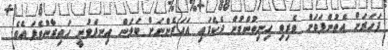
ފަހަރަށް އެތުންފަތަށް ވެރިވި ހިނިތުންވުން ދެކެފައި އަހަރެންނަށް ބަލަން އިނދެވުނީ ހައިރާންވެފަ އެވެ.